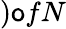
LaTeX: )\mathsf{o}fN